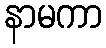
နာမကာ